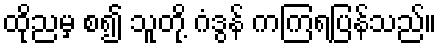
ထိုညမှ စ၍ သူတို့ ဂံဒွန် ကကြရပြန်သည်။